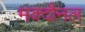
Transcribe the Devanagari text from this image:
मक्दौनल